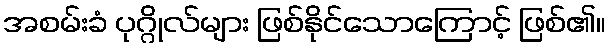
အစမ်းခံ ပုဂ္ဂိုလ်များ ဖြစ်နိုင်သောကြောင့် ဖြစ်၏။